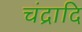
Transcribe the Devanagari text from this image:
चंद्रादि